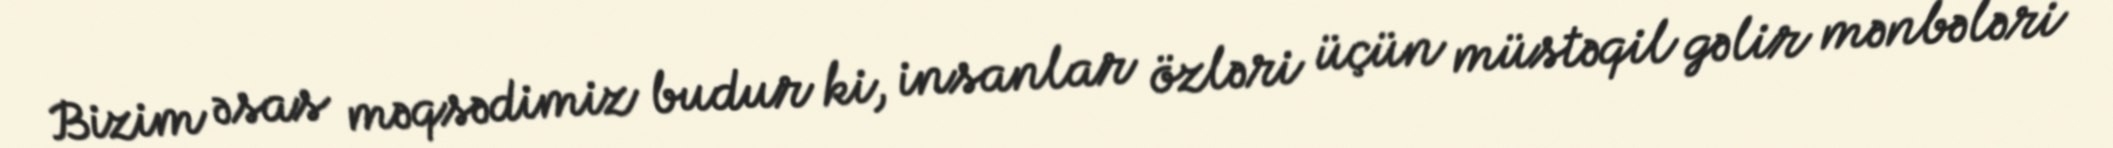
Bizim əsas məqsədimiz budur ki, insanlar özləri üçün müstəqil gəlir mənbələri